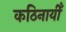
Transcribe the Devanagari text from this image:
कठिनायीँ